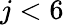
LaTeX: j<6